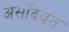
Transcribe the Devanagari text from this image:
असंदिवत